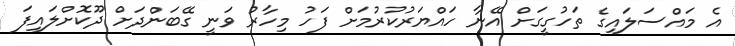
އެ މައްސަލައިގެ ތަހުގީގަށް އޭނާ ހައްޔަރުކުރުމަށް ފަހު މިހާރު ވަނީ ގޭބަންދަށް ދޫކޮށްލައިފަ